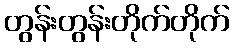
တွန်းတွန်းတိုက်တိုက်